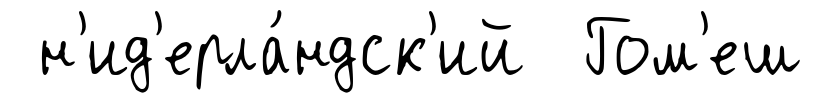
н'ид'ерла́ндск'ий Гом'еш